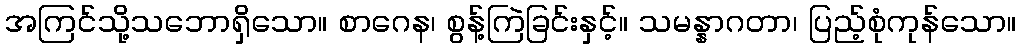
အကြင်သို့သဘောရှိသော။ စာဂေန၊ စွန့်ကြဲခြင်းနှင့်။ သမန္နာဂတာ၊ ပြည့်စုံကုန်သော။